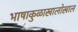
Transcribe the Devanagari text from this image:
भाषाकुळाखालोखाल